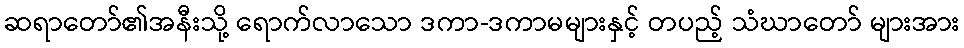
ဆရာတော်၏အနီးသို့ ရောက်လာသော ဒကာ-ဒကာမများနှင့် တပည့် သံဃာတော် များအား